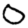
Digit: 0